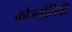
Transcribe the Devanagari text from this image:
कोज्योतिषी